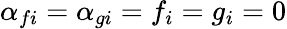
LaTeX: \alpha_{fi}=\alpha_{gi}=f_{i}=g_{i}=0